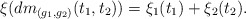
\begin{align*} \xi(dm_{(g_1,g_2)}(t_1,t_2)) = \xi_1(t_1) + \xi_2(t_2).\end{align*}